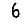
Digit: 6